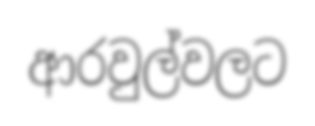
ආරවුල්වලට